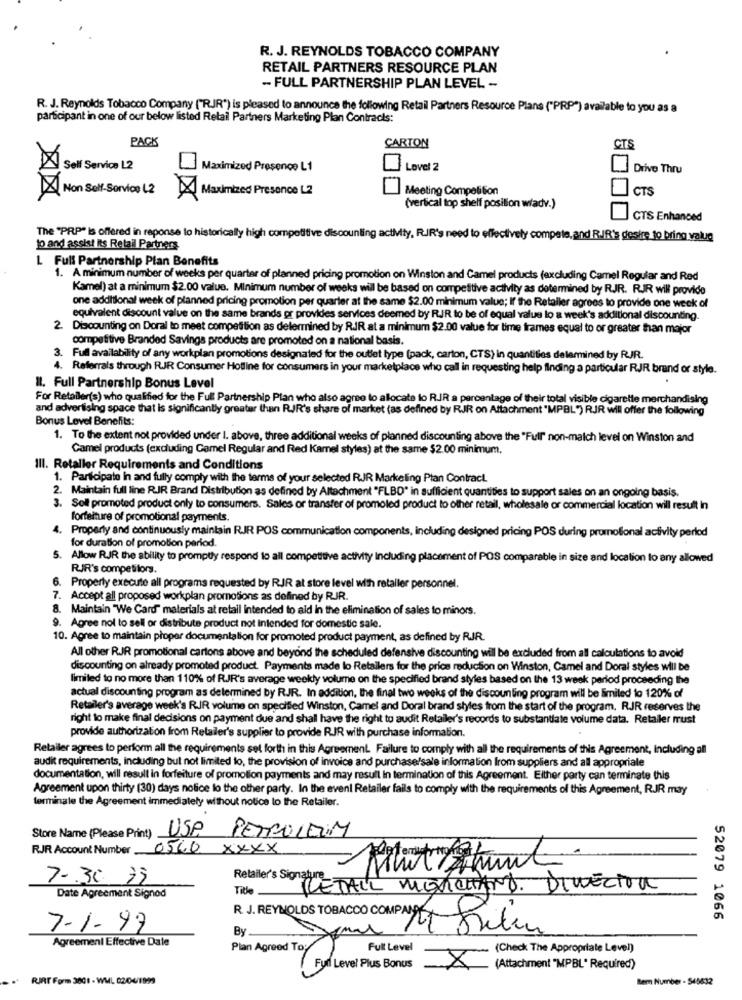
R. J. REYNOLDS TOBACCO COMPANY
RETAIL PARTNERS RESOURCE PLAN
- FULL PARTNERSHIP PLAN LEVEL -
R. J. Reynolds Tobacco Company ("RIR") is pleased to announce the following Retail Partners Resource Plans ("PRP") available to you as a
participant in one of our below listed Retail Partners Marketing Plan Contracts:
PACK
CARTON
CTS
Self Service L2
Maximized Presence L1
Level 2
Drive Thru
Non Self-Sorvice 12
Meeting Competition
CTS
XXX
XMaximized Presence L2
(vertical top shelf position wladv.)
CTS Enhanced
The "PRP" is offered in reponse to historically high competitive discounting activity, R.IR's need to effectively compete, and R.IR's desire to bring value
Jo and assist its Retail Partners
L Full Partnership Plan Benefits
1. A minimum number of weeks per quarter of planned pricing promotion on Winston and Camel products (excluding Camel Regular and Red
Kamel) at a minimum $2.00 value. Minimum number of weeks will be based on competitive activity as determined by RJR. RIR will provide
one additional week of planned pricing promotion per quarter at the same $2.00 minimum value; If the Retaller agrees to provide one week of
equivalent discount value on the same brands or provides services deemed by R.IR to be of equal value lo a week's additional discounting.
2. Discounting on Doral to meet competition as determined by RIR at a minimum $2.00 value for time frames equal to or greater than major
competitive Branded Savings products are promoted on a national basis.
3. Full availability of any workplan promotions designated for the outlet type (pack, carton, CTS) in quantities delermined by RJR.
4. Referrals through RJR Consumer Hotline for consumers in your marketplace who call in requesting help finding a particular RJR brand or style.
Il. Full Partnership Bonus Level
For Retailer(s) who qualified for the Full Partnership Plan who also agree to allocate lo R.IR a percentage of their total visible cigarette merchandising
and advertising space that is significantly greater than RIR's share of market (as defined by RJR on Attachment "MPBL") RJR will offer the following
Bonus Level Benefits:
1. To the extent not provided under I. above, three additional weeks of planned discounting above the "Full" non-maich level on Winston and
Camel products (excluding Gamel Regular and Red Kamel styles) at the same $2.00 minimum,
Ill. Retaller Requirements and Conditions
1. Participate In and fully comply with the terms of your selected RJR Marketing Plan Contract.
2. Maintain full line RIR Brand Distribution as defined by Altachment "FLBD" in sufficient quantities to support sales on an ongoing basis.
3. Soll promoted product only to consumers. Sales or transfer of promoled product to other retail, wholesale or commercial location will result In
forfeiture of promotional payments.
4. Property and continuously maintain RJR POS communication components, including designed pricing POS during promotional activity perlod
for duration of promotion period.
. Allow RJR the ability to promptly respond to all competitive activity Including placement of POS comparable in size and location to any allowed
RIR's competitors.
. Property execute all programs requested by RJR at store level with retailer personnel.
7. Accept all proposed workplan promotions as defined by RJR.
8. Maintain "We Card" materials at retail intended to aid in the elimination of sales to minors.
9. Agree nol to sell or distribute product not Intended for domestic sale.
10. Agree to maintain proper documentation for promoted product payment, as defined by RJR.
All other RJR promotional cartons above and beyond the scheduled defensive discounting will be excluded from all calculations to avoid
discounting on already promoted product. Payments made lo Retailers for the price reduction on Winston, Camel and Doral styles will be
limited to no more than 110% of RJR's average weekly volume on the specified brand styles based on the 13 week period proceeding the
actual discounting program as determined by RJR. In addition, the final two weeks of the discounting program will be limited to 120% of
Retailer's average week's R.JR volume on specified Winston, Camel and Doral brand styles from the start of the program. RJR reserves the
right to make final decisions on payment due and shall have the right to audit Retailer's records to substantiate volume data. Retailer must
provide authorization from Retailer's supplier to provide RJR with purchase information.
Retailer agrees to perform all the requirements set forth in this Agreement. Failure to comply with all the requirements of this Agreement, Including all
audit requirements, including but not limited to, the provision of invoice and purchase/sale information from suppliers and all appropriate
documentation, will result in forfeiture of promotion payments and may result In termination of this Agreement. Either party can terminate this
Agreement upon thirty (30) days nolice lo the other party. In the event Retailer fails to comply with the requirements of this Agreement, RJR may
terminale the Agreement immediately without notice to the Retailer.
USP
Store Name (Please Print)
PETROLEUM
RJR Account Number 0560 XXXX
7-30 79
Retailer's Signature
Tille.
DETALL MERCHAND. DIRECTOR
Date Agreement Signed
R. J. REYNOLDS TOBACCO COMPANY
52079 1066
7-1-97
By
Agreement Effective Date
Full Level
(Check The Appropriate Level)
Plan Agreed To:
X
Fyn Level Plus Bonus
(Attachment "MPBL" Required)
RJRT Form 3001 - WML 02/04/1999
Bem Number - 545632